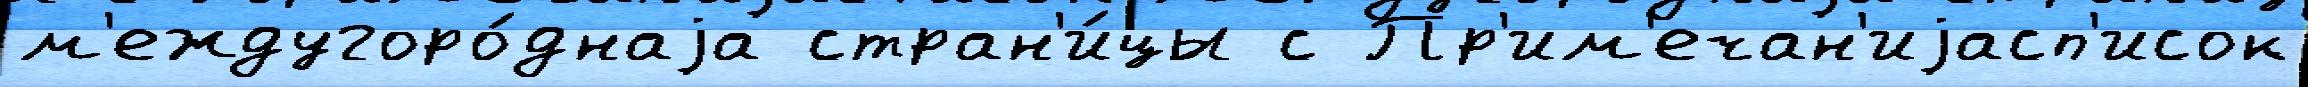
м'еждугоро́днаjа стран'и́цы с Пр'им'ечан'иjасп'исок